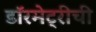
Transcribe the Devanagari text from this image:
डॉरमेट्रीची